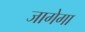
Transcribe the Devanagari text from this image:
जागेगा